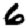
Digit: 6